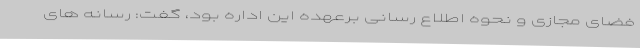
فضای مجازی و نحوه اطلاع رسانی برعهده این اداره بود، گفت: رسانه های